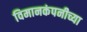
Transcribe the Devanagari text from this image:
विमानकंपनीच्या